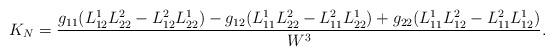
LaTeX: \begin{align*}K_{N}=\frac{g_{11}(L_{12}^{1}L_{22}^{2}-L_{12}^{2}L_{22}^{1})-g_{12}(L_{11}^{1}L_{22}^{2}-L_{11}^{2}L_{22}^{1})+g_{22}(L_{11}^{1}L_{12}^{2}-L_{11}^{2}L_{12}^{1})}{W^{3}}. \end{align*}